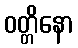
ဝတ္တိနော